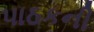
પાઠકની